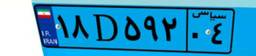
۱۸D۵۹۲۰۴